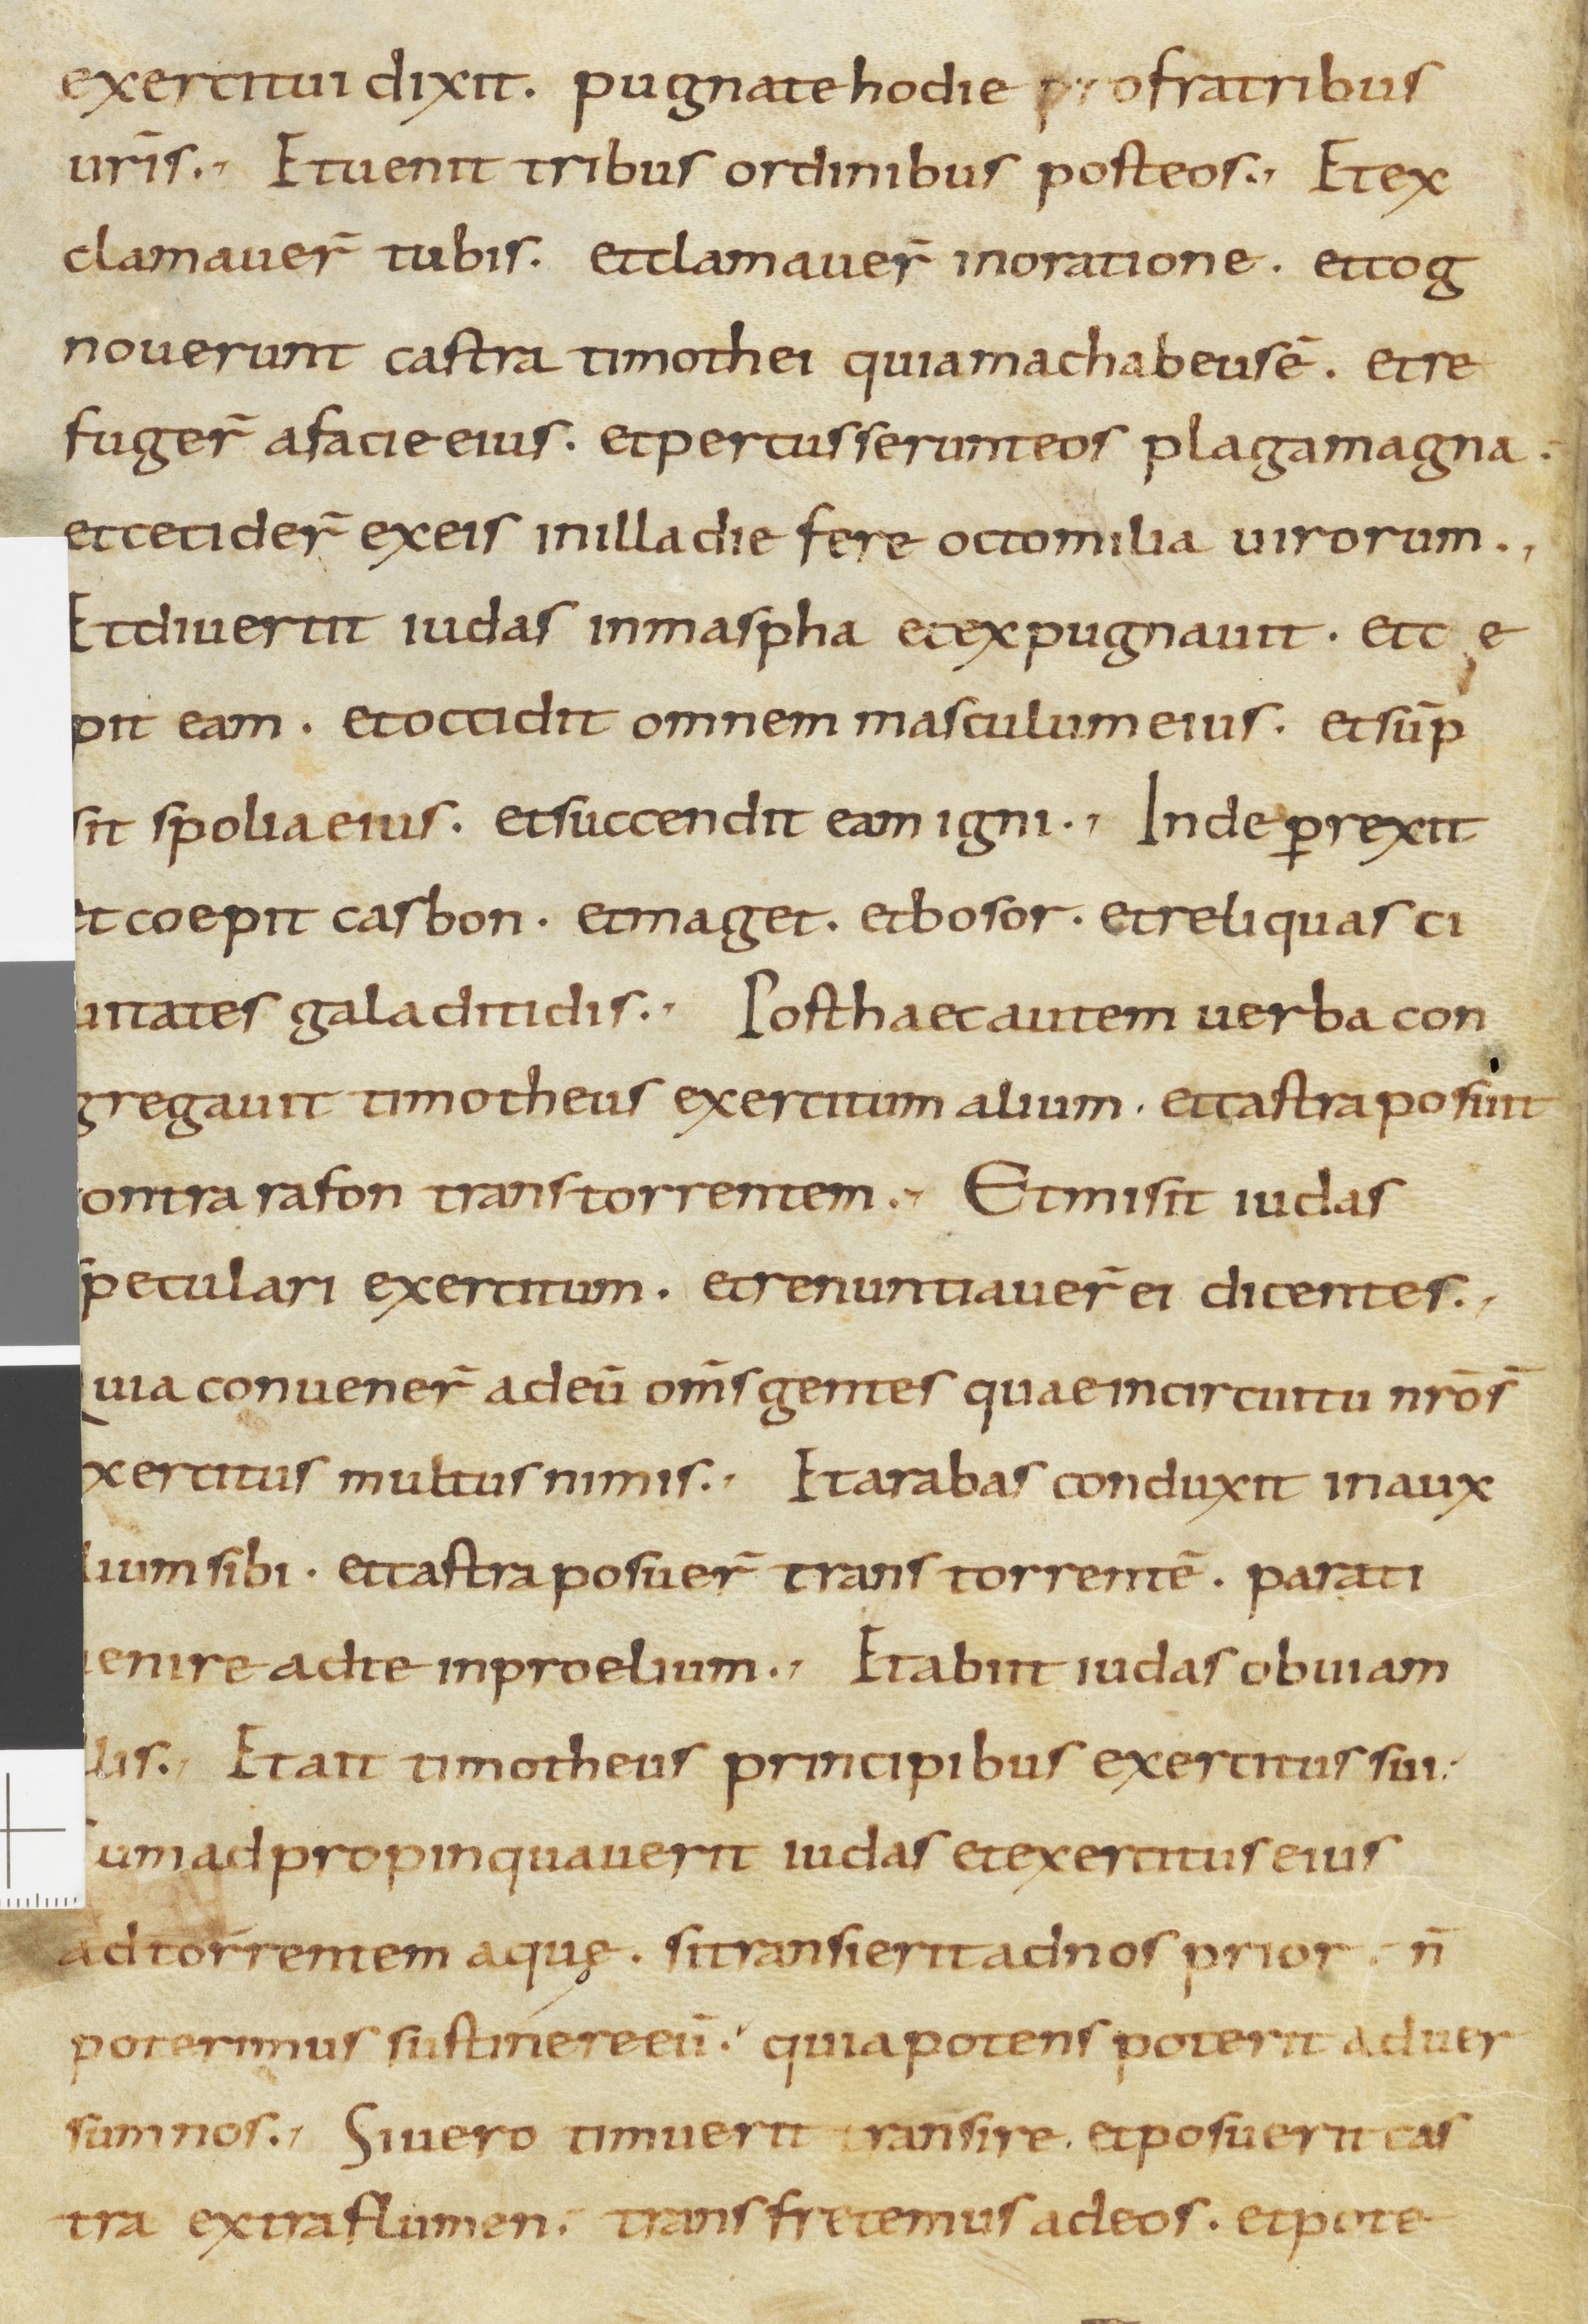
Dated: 800–899